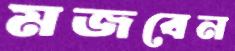
মজবেন